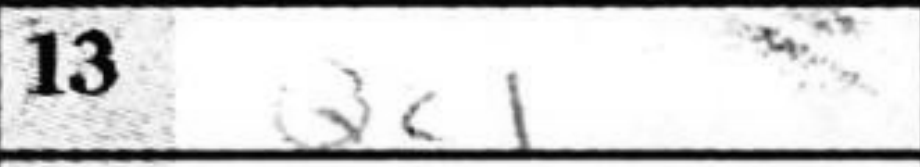
Transcription: Qc1